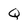
Character: Q